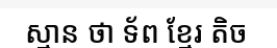
ស្មាន ថា ទ័ព ខ្មែរ តិច